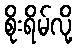
စိုးရိမ်လို့